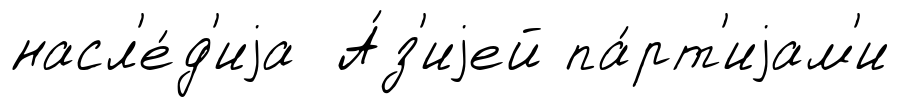
насл'е́д'иjа А́з'иjей па́рт'иjам'и